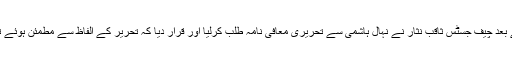
سینئر وکلاء کی رائے سننے کے بعد چیف جسٹس ثاقب نثار نے نہال ہاشمی سے تحریری معافی نامہ طلب کرلیا اور قرار دیا کہ تحریر کے الفاظ سے مطمئن ہوئے تو ہی معافی نامہ قبول کریں گے۔